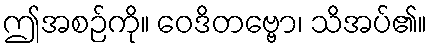
ဤအစဉ်ကို။ ဝေဒိတဗ္ဗော၊ သိအပ်၏။